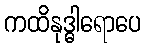
ကထိနုဒ္ဓါရောပေ